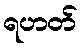
ရဟတ်